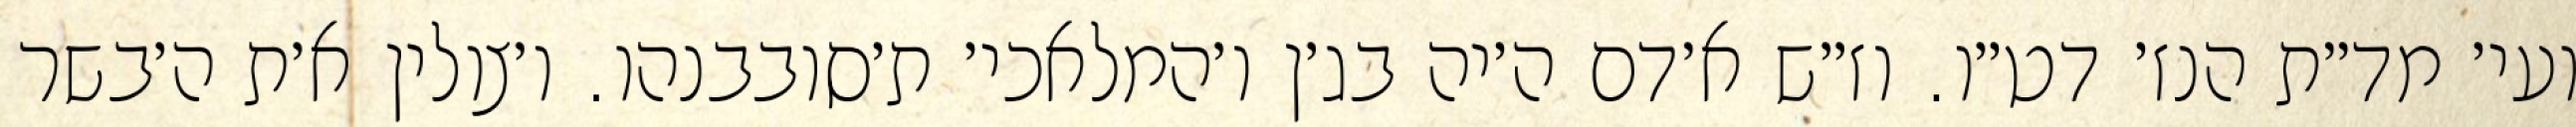
ועי׳ מד״ת הנז׳ דט״ו. וז״ש א׳דם ה׳יה בג׳ן ו׳המלאכי׳ ת׳סובבנהו. ו׳צולין א׳ת ה׳בשר